Distribution and causation of leprosy in British India
Year: 1875
Disease focus: Leprosy
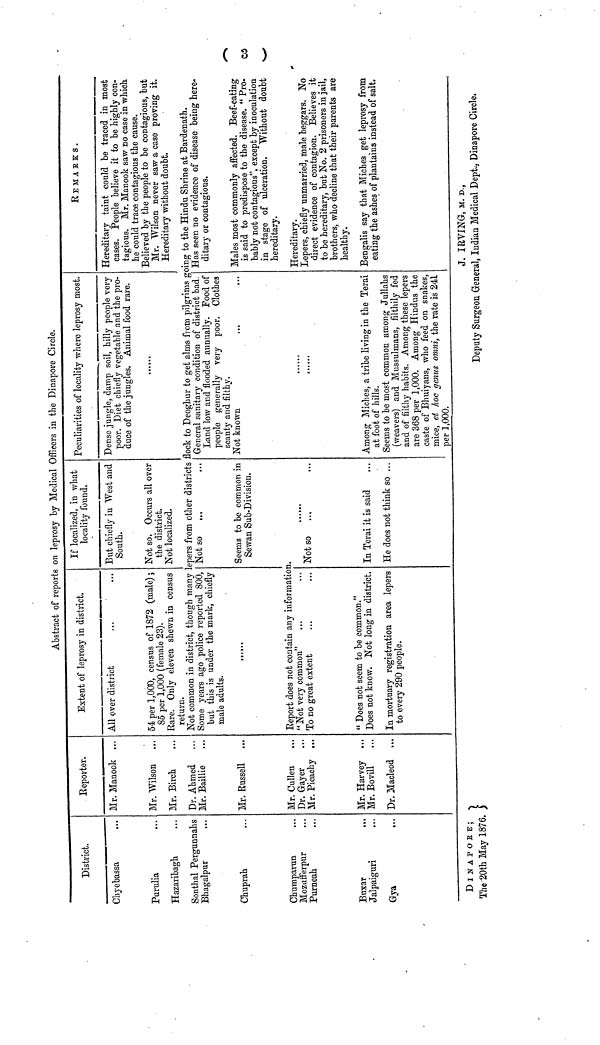
Abstract of reports on leprosy by Medical Officers in the Dinapore Circle.
District.
Chyebassa ...
Purulia ...
Hazaribagh ...
Sonthal Pergunnahs
Bhagalpur ...
Chuprah ...
Chumparun ...
Mozufferpur ...
Purneah ...
Buxar
...
Jalpaiguri ...
Gya ...
Reporter.
Mr. Manook ...
Mr. Wilson ...
Mr. Birch ...
Dr. Ahmed ...
Mr. Baillie ...
Mr. Russell
...
Mr. Cullen ...
Dr. Gayer ...
Mr. Picachy ...
Mr. Harvey ...
Mr. Bovill ...
Dr. Macleod ...
Extent of leprosy in district.
All over district ... ...
54 per 1,000, census of 1872 (male) ;
85 per 1,000 (female 23).
Rare. Only eleven shewn in census
return.
If localized, in what
locality found.
But chiefly in West and
South.
Not so. Occurs all over
the district.
Not localized.
Peculiarities of locality where leprosy most.
Dense jungle, damp soil, hilly people very
poor. Diet chiefly vegetable and the pro-
duce of the jungles. Animal food rare.
......
REMARKS.
Hereditary taint could be traced in most
cases. People believe it to be highly con-
tagious. Mr. Manook saw no case in which.
he could trace contagious the cause.
Believed by the people to be contagious, but
Mr. Wilson never saw a case proving it.
Hereditary without doubt.
Not common in district, though many lepers from other districts flock to Deoghur to get alms from pilgrims going to the Hindu Shrine at Bardenath.
Some years ago police reported 800,
but this is under the mark, chiefly
male adults.
Not so ... ...
Seems to be common in
Sewan Sub-Division.
Report does not contain any information.
"Not very common" ... ...
To no great extent ... ...
"Does not seem to be common."
Does not know. Not long in district.
In mortuary registration area lepers
to every 290 people.
......
Not so ... ...
In Terai it is said ...
He does not think so ...
General sanitary condition of district bad.
Land low and flooded annually. Food of
people generally very poor. Clothes
scanty and filthy.
Not known ... ...
......
Among Miches, a tribe living in the Terai
at foot of hills.
Seems to be most common among Jullahs
(weavers) and Mussulmans, filthily fed
and of filthy habits. Among these lepers
are 368 per 1,000. Among Hindus the
caste of Bhuiyans, who feed on snakes,
mice, et hoc genus omni, the rate is 241
per 1,000.
Has seen no evidence of disease being here-
ditary or contagious.
Males most commonly affected. Beef-eating
is said to predispose to the disease. " Pro-
bably not contagious", except by inoculation
in stage of ulcération. Without doubt
hereditary.
Hereditary.
Lepers, chiefly unmarried, male beggars. No
direct evidence of contagion. Believes it
to be hereditary, but No. 2 prisoners in jail,
brothers, who decline that their parents are
healthy.
Bengalis say that Miches get leprosy from
eating the ashes of plantains instead of salt.
( 3 )
DlNAPORE;
J. IRVING, M. D.,
The 20th May 1876.
Deputy Surgeon General, Indian Medical Dept., Dinapore Circle.